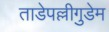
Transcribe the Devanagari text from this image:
ताडेपल्लीगुडेम